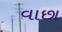
વાછા